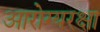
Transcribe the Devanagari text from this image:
आरोग्यरक्षा